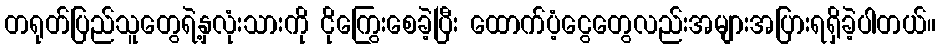
တရုတ်ပြည်သူတွေရဲ့နှလုံးသားကို ငိုကြွေးစေခဲ့ပြီး ထောက်ပံ့ငွေတွေလည်းအများအပြားရရှိခဲ့ပါတယ်။